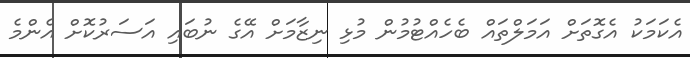
އެކަމަކު އެގޮތަށް އަމަލްތައް ބެހެއްޓުމުން މުޅި ނިޒާމަށް އޭގެ ނުބައި އަސަރުކޮށް އެންމެ